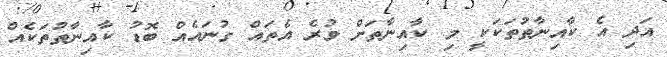
އަދި އެ ކާއިނާތުތަކަކީ މި ކާއިނާތަށް ވުރެ އެތައް ގުނައެއް ބޮޑު ކާއިނާތުތަކެއް